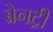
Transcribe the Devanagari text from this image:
ब्रेनट्री